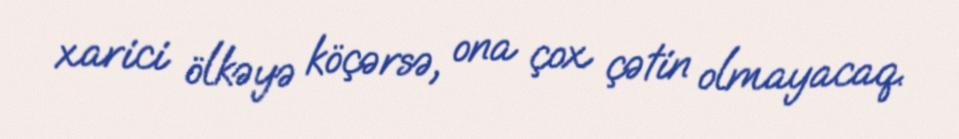
xarici ölkəyə köçərsə, ona çox çətin olmayacaq.